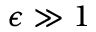
\epsilon \gg 1